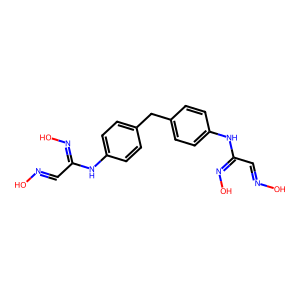
SMILES: ON=CC(=NO)Nc1ccc(Cc2ccc(NC(C=NO)=NO)cc2)cc1
Inhibits HIV replication: No